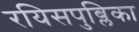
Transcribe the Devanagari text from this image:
रयिसपुब्लिका